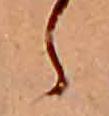
ら